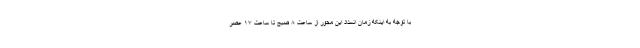
با توجه به اینکه زمان انسداد این محور از ساعت ۸ صبح تا ساعت ۱۷ عصر